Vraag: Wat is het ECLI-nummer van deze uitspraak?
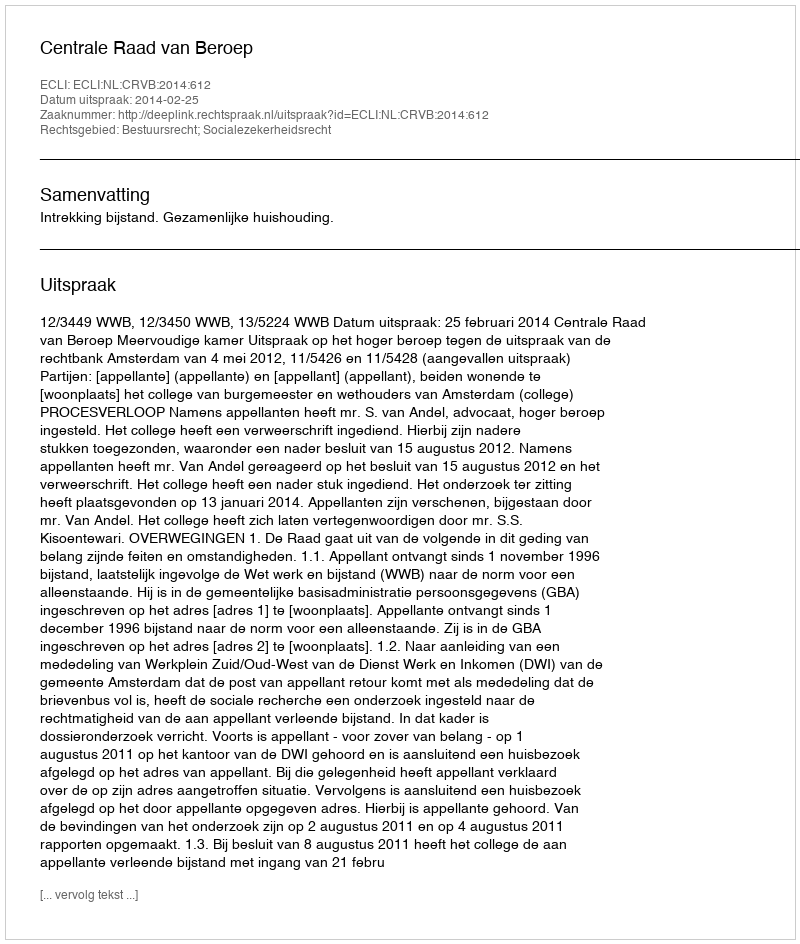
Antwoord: ECLI:NL:CRVB:2014:612